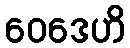
ဝေဒေဟိ